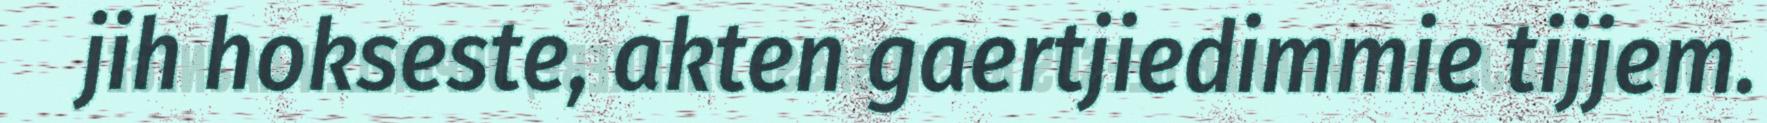
jih hokseste, akten gaertjiedimmie tijjem.